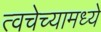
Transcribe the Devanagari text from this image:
त्वचेच्यामध्ये